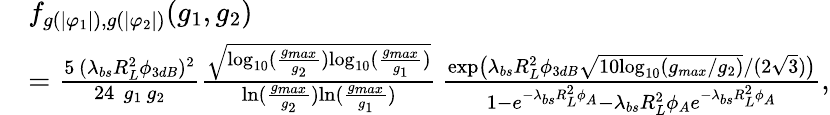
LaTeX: \begin{array}{rl}&{f_{g(|\varphi_{1}|),g(|\varphi_{2}|)}(g_{1},g_{2})}\\ &{=\frac{5\, (\lambda_{bs}R_{L}^{2}\phi_{3dB})^{2}}{24\, \, g_{1}\, g_{2}}\frac{\sqrt{\mathrm{{log}}_{10}(\frac{g_{max}}{g_{2}}){\mathrm{log}}_{10}(\frac{g_{max}}{g_{1}})}}{\mathrm{{ln}}(\frac{g_{max}}{g_{2}}){\mathrm{ln}}(\frac{g_{max}}{g_{1}})}\, \frac{\mathrm{{exp}}\big(\lambda_{bs}R_{L}^{2}\phi_{3dB}\sqrt{10{\mathrm{log}}_{10}(g_{max}/g_{2})}/(2\sqrt{3})\big)}{1-e^{-\lambda_{bs}R_{L}^{2}\phi_{A}}-\lambda_{bs}R_{L}^{2}\phi_{A}e^{-\lambda_{bs}R_{L}^{2}\phi_{A}}},}\end{array}